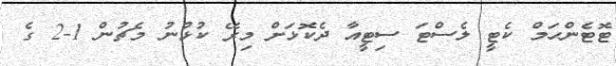
ޓޮޓެންހަމް ކެޓީ ލެސްޓަ ސިޓީއާ ދެކޮޅަށް މިރޭ ކުޅުނު މެޗުން 1-2 ގެ